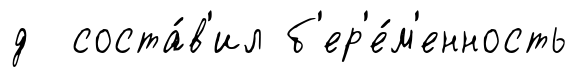
д соста́в'ил б'ер'е́м'енность